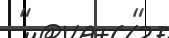
"        "